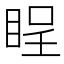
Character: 睈